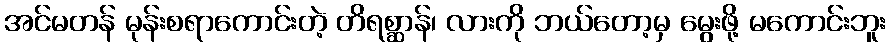
အင်မတန် မုန်းစရာကောင်းတဲ့ တိရစ္ဆာန်၊ လားကို ဘယ်တော့မှ မွေးဖို့ မကောင်းဘူး